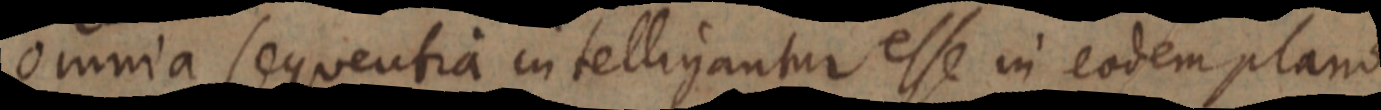
omnia sequentia intelligantur esse in eodem plano